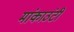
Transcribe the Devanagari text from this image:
मांकाउंटी